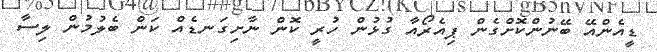
ޑީއެންއޭ ބޭނުންކޮށްގެން ޕިއެރޯއާ ގުޅުން ހުރީ ކޮން ނާށިގަނޑެއް ކަން ބެލުމުން ލިސާ